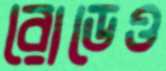
রোডেও